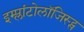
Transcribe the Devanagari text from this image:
इम्प्लांटोलॉजिस्ट्स